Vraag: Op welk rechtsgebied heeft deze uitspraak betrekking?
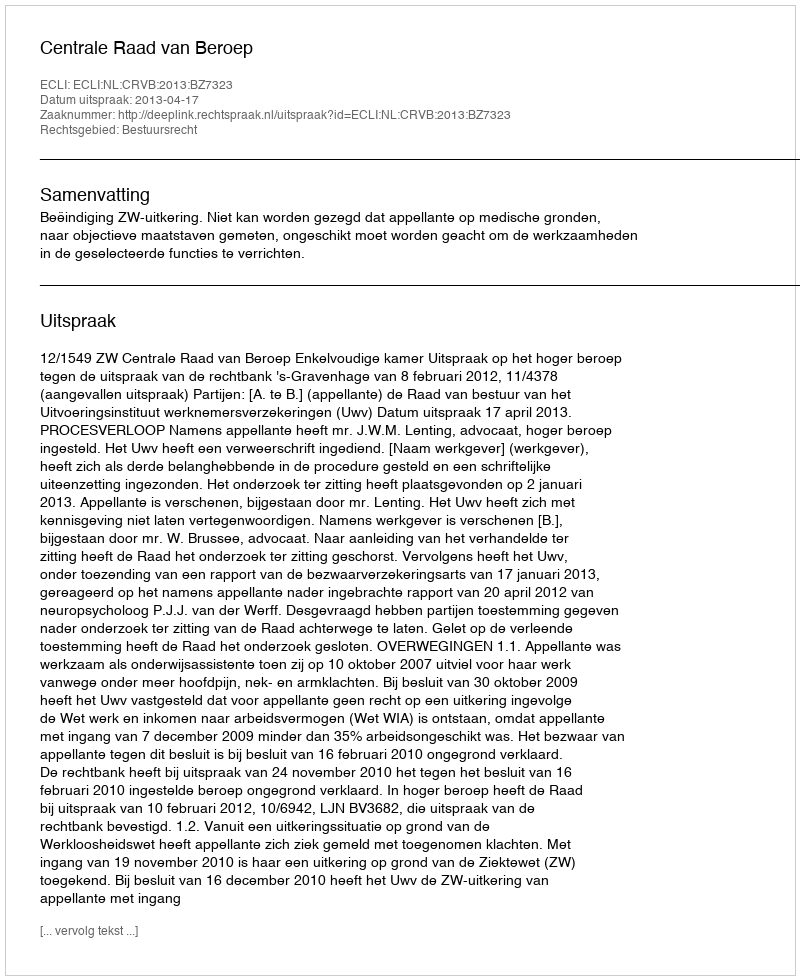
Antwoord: Bestuursrecht